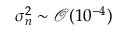
\sigma _ { n } ^ { 2 } \sim \mathcal { O } ( 1 0 ^ { - 4 } )